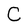
Character: C